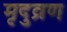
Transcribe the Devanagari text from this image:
मृदुव्रण